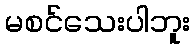
မစင်သေးပါဘူး